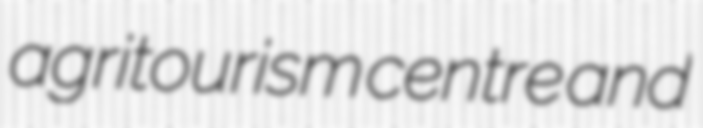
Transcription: agritourism centre and